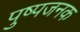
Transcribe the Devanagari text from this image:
पुष्पजनक